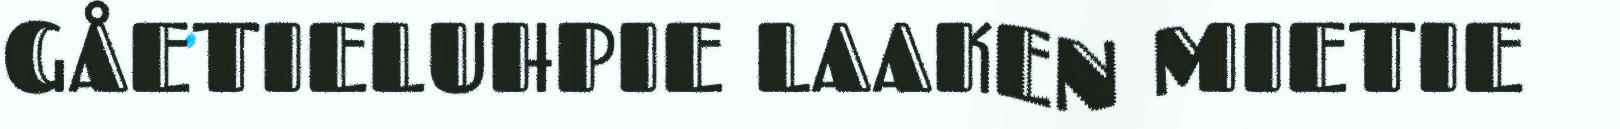
GÅETIELUHPIE LAAKEN MIETIE